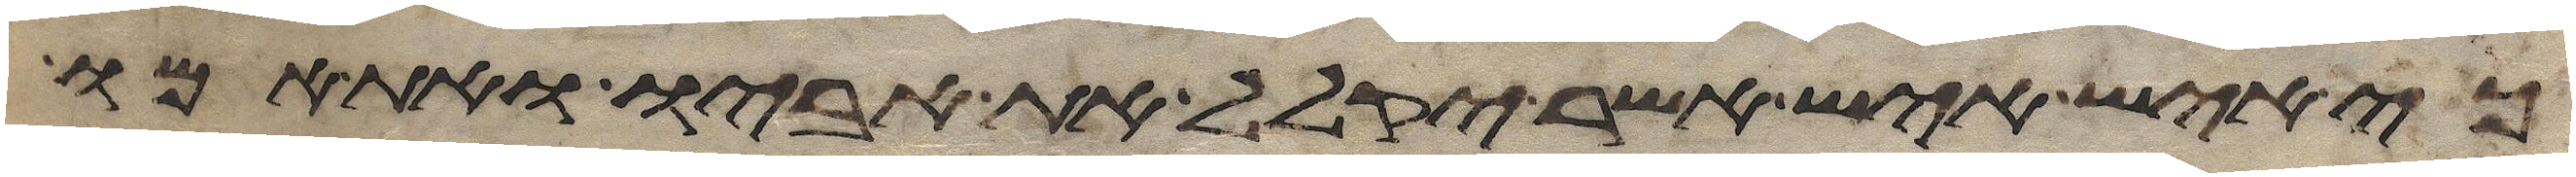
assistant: כי איש איש אשר יקלל את אביו ואת אמו